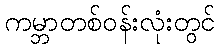
ကမ္ဘာတစ်ဝန်းလုံးတွင်